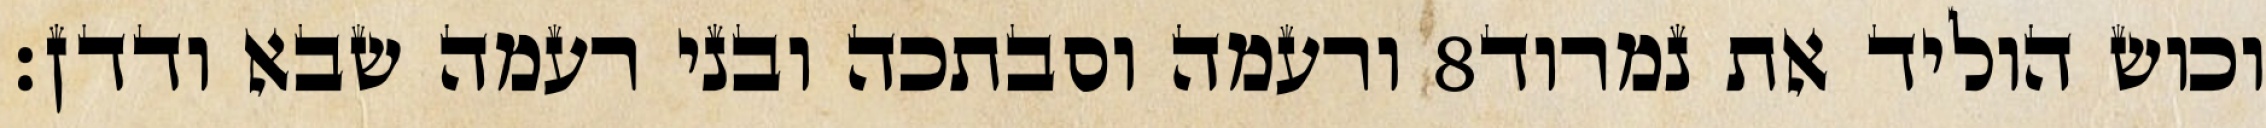
ורעמה וסבתכה ובני רעמה שבא ודדן׃ ‎8‏ וכוש הוליד את נמרוד